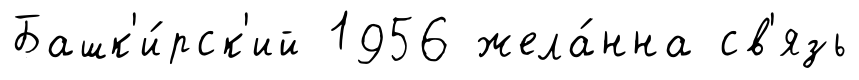
Башк'и́рск'ий 1956 жела́нна св'язь